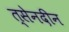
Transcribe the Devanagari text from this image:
त्सेनदीन